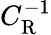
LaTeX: C_{\mathrm{R}}^{-1}